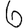
Digit: 6